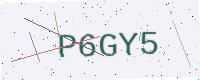
Text: P6GY5